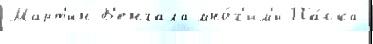
Март'ин Б'енгала мно́г'им'и Па́ска